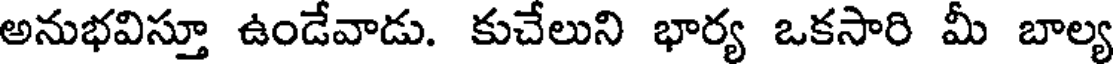
అనుభవిస్తూ ఉండేవాడు. కుచేలుని భార్య ఒకసారి మీ బాల్య